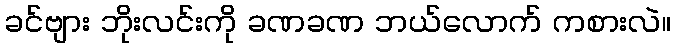
ခင်ဗျား ဘိုးလင်းကို ခဏခဏ ဘယ်လောက် ကစားလဲ။